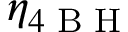
\eta _ { 4 \textrm { B H } }